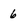
Character: 6